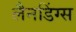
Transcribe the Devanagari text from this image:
लैनडिंग्स